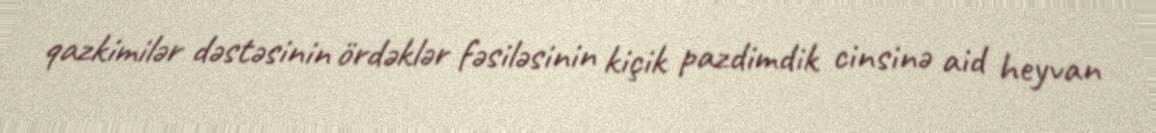
qazkimilər dəstəsinin ördəklər fəsiləsinin kiçik pazdimdik cinsinə aid heyvan